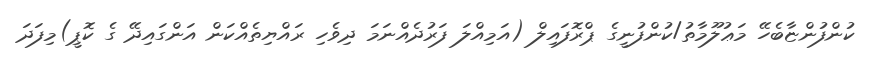
ކުންފުންޏާބެހޭ މަޢުލޫމާތު/ކުންފުނީގެ ޕްރޮފައިލް (އަމިއްލަ ފަރުދެއްނަމަ ދިވެހި ރައްޔިތެއްކަން އަންގައިދޭ ގެ ކޮޕީ)މިފަދަ